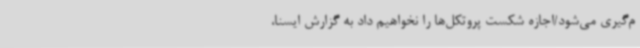
م‌گیری می‌شود/اجازه شکست پروتکل‌ها را نخواهیم داد به گزارش ایسنا،